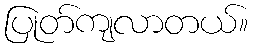
ပြုတ်ကျလာတယ်။